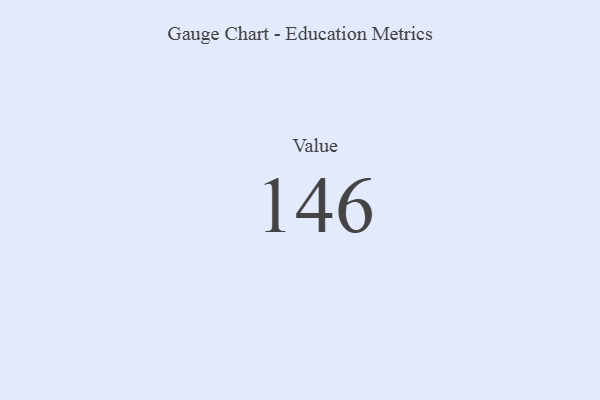
{"axis": {"x": "Metric", "y": "Value"}, "legend": [""], "data": [{"x": "Value", "y": 146, "type": ""}]}